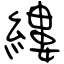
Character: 縷